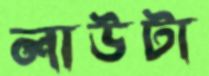
লাউটা